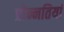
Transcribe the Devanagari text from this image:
प्रोन्नतियां